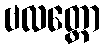
ဗလတ္ထော